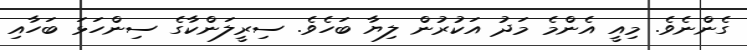
ގެންނެވެ. މިއީ އެންމެ މަދު އަކުރުން ލިޔާ ބަހެވެ. ސިރީލަންކާގެ ސިންހަޅަ ބަހާއި